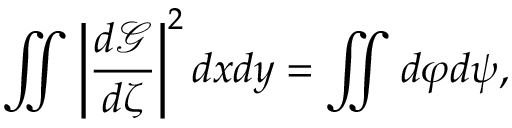
\iint \left| \frac { d \mathcal { G } } { d \zeta } \right| ^ { 2 } d x d y = \iint d \varphi d \psi ,